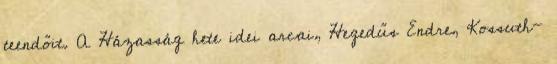
teendőit. A Házasság hete idei arcai, Hegedűs Endre, Kossuth-